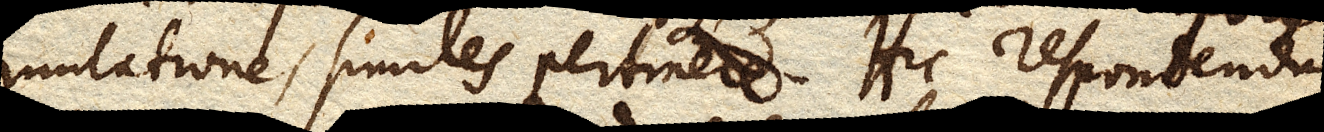
mutatione, similes pertinere. Hic respondendum